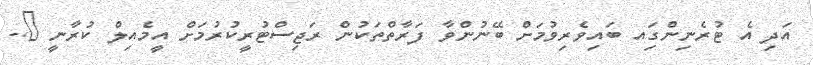
އަދި އެ ޓުރެނިންގަިއ ބައިވެރިވުމަށް ބޭނުންވާ ފަރާތްތަކުން ރަޖިސްޓުރީކުރުމަށް އީމެއިލް ކުރާނީ @